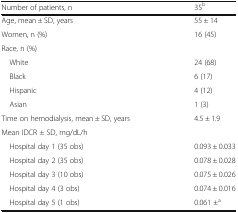
| Number of patients, n | 35b |
 | --- | --- |
 | Age, mean ± SD, years | 55 ± 14 |
 | Women, n (%) | 16 (45) |
 | <COLSPAN=2> Race, n (%) |
 | White | 24 (68) |
 | Black | 6 (17) |
 | Hispanic | 4 (12) |
 | Asian | 1 (3) |
 | Time on hemodialysis, mean ± SD, years | 4.5 ± 1.9 |
 | <COLSPAN=2> Mean IDCR ± SD, mg/dL/h |
 | Hospital day 1 (35 obs) | 0.093 ± 0.033 |
 | Hospital day 2 (35 obs) | 0.078 ± 0.028 |
 | Hospital day 3 (10 obs) | 0.075 ± 0.026 |
 | Hospital day 4 (3 obs) | 0.074 ± 0.016 |
 | Hospital day 5 (1 obs) | 0.061 ±a |